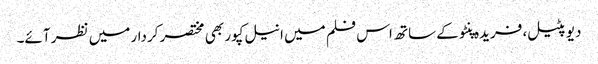
دیو پٹیل، فریدہ پنٹو کے ساتھ اس فلم میں انیل کپور بھی مختصر کردار میں نظر آئے۔